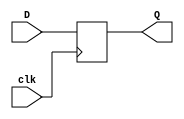
`timescale 1ns / 1ps
//////////////////////////////////////////////////////////////////////////////////
// Company: Mycronics
// 
// Module Name: d_ff
// Project Name: D Flip Flop

//////////////////////////////////////////////////////////////////////////////////


module d_ff(
    input D,
    input clk,
    output reg Q
    );
    
    always @ (posedge clk)
        Q <= D;
endmodule